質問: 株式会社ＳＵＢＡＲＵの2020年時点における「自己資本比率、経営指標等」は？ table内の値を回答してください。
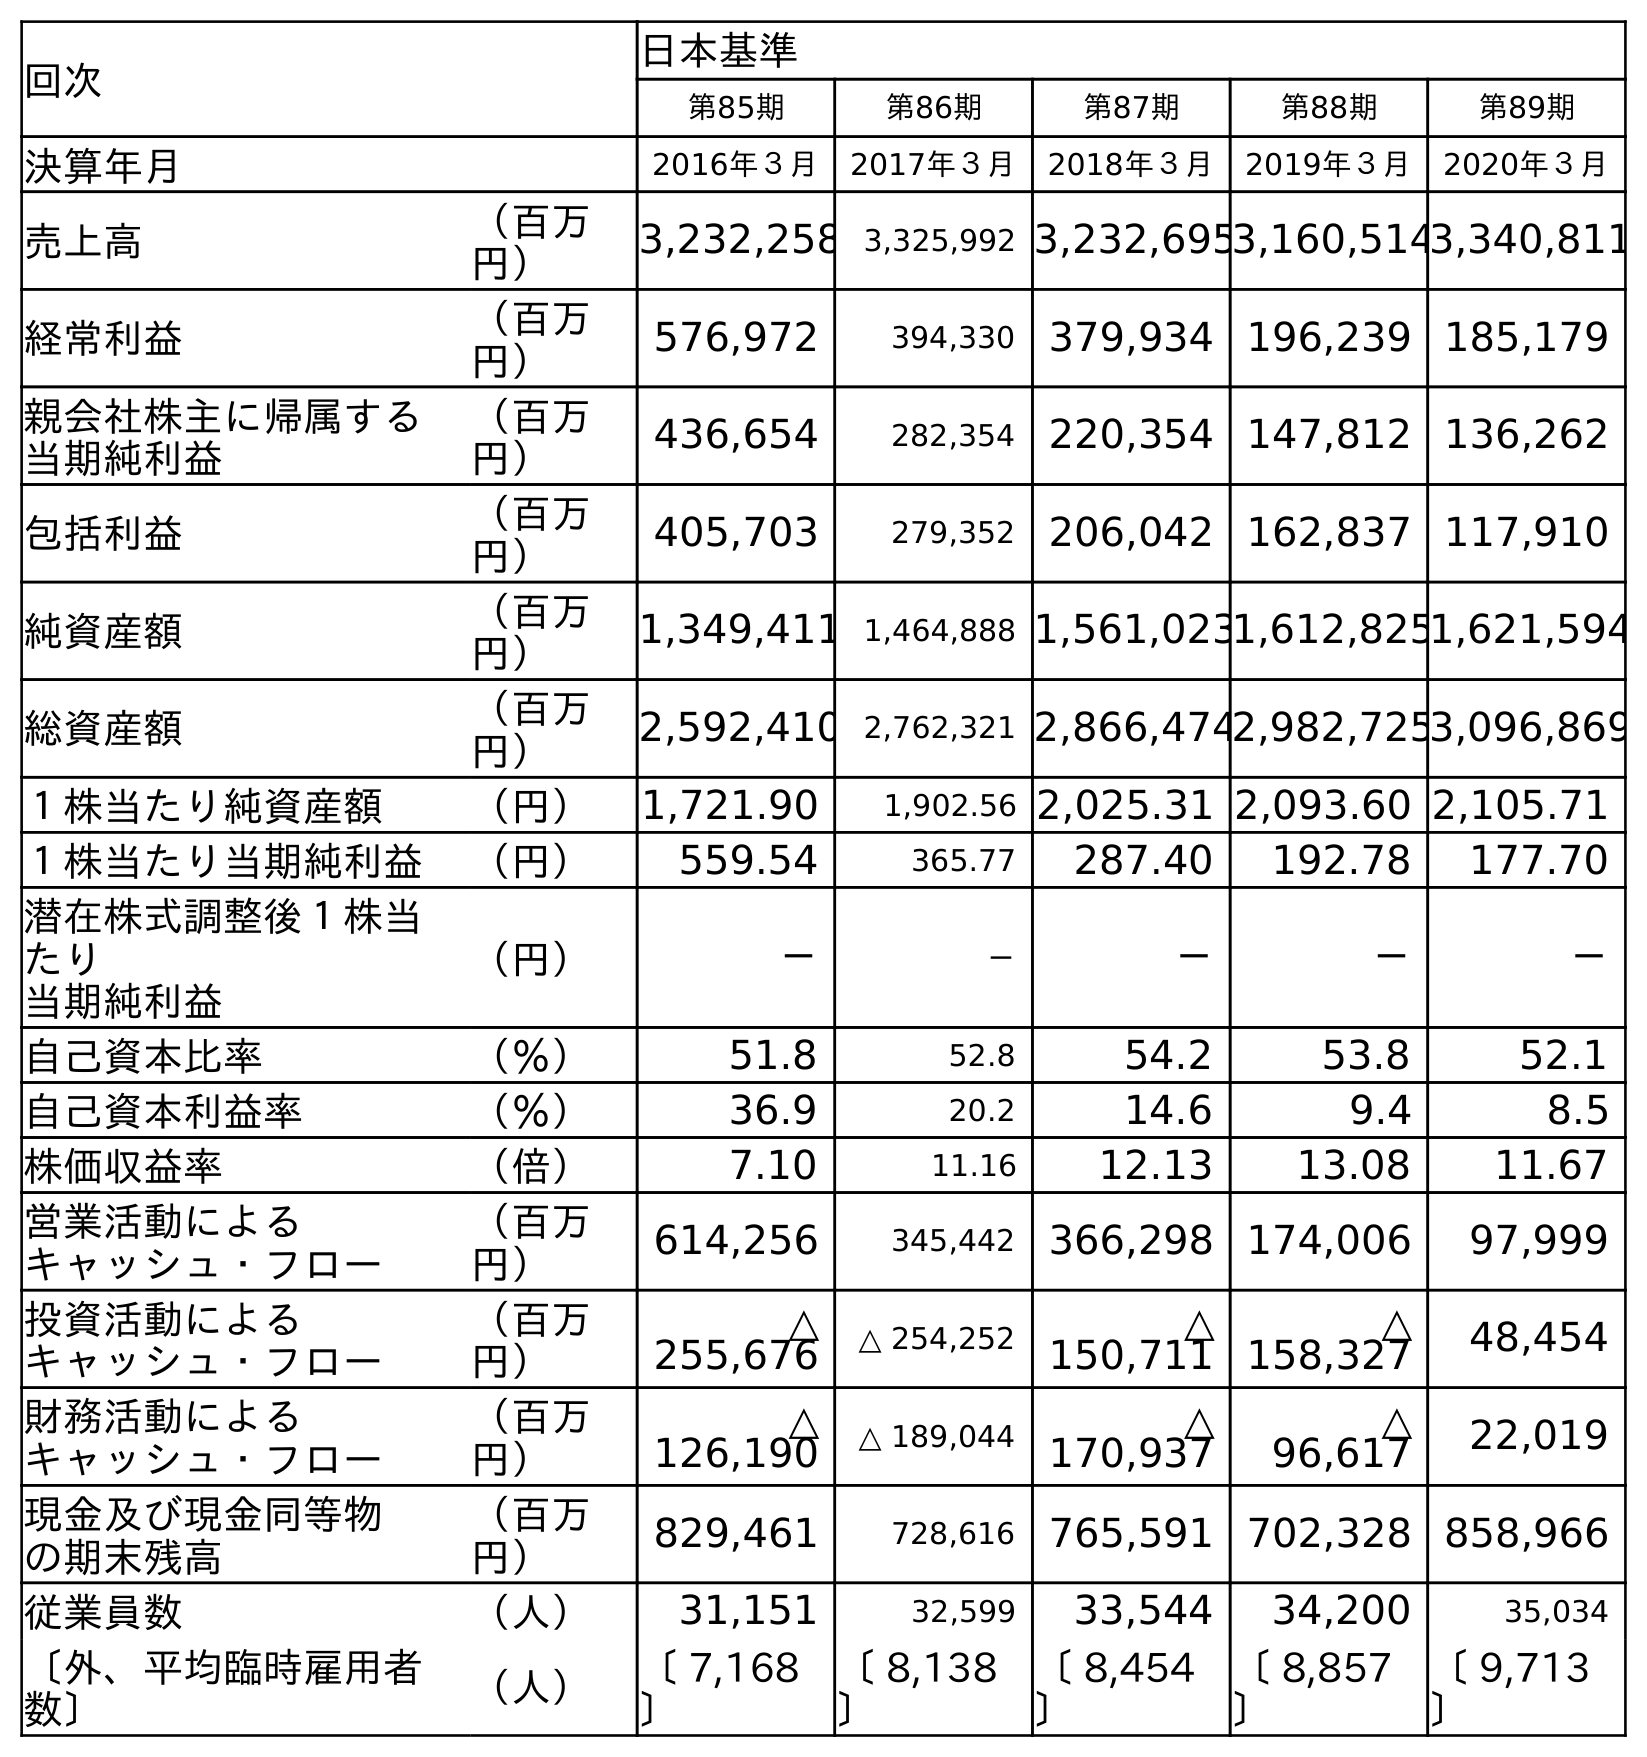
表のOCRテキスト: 回次 日本基準 第85期 第86期 第87期 第88期 第89期 決算年月 2016年３月 2017年３月 2018年３月 2019年３月 2020年３月 売上高 （百万 円） 3,232,258 3,325,992 3,232,6953,160,5143,340,811 経常利益 （百万 円） 576,972 394,330 379,934 196,239 185,179 親会社株主に帰属する 当期純利益 （百万 円） 436,654 282,354 220,354 147,812 136,262 包括利益 （百万 円） 405,703 279,352 206,042 162,837 117,910 純資産額 （百万 円） 1,349,411 1,464,888 1,561,0231,612,8251,621,594 総資産額 （百万 円） 2,592,410 2,762,321 2,866,4742,982,7253,096,869 １株当たり純資産額 （円） 1,721.90 1,902.56 2,025.31 2,093.60 2,105.71 １株当たり当期純利益 （円） 559.54 365.77 287.40 192.78 177.70 潜在株式調整後１株当 たり 当期純利益 （円） － － － － － 自己資本比率 （％） 51.8 52.8 54.2 53.8 52.1 自己資本利益率 （％） 36.9 20.2 14.6 9.4 8.5 株価収益率 （倍） 7.10 11.16 12.13 13.08 11.67 営業活動による キャッシュ・フロー （百万 円） 614,256 345,442 366,298 174,006 97,999 投資活動による キャッシュ・フロー （百万 円） △ 255,676 △ 254,252 △ 150,711 △ 158,327 48,454 財務活動による キャッシュ・フロー （百万 円） △ 126,190 △ 189,044 △ 170,937 △ 96,617 22,019 現金及び現金同等物 の期末残高 （百万 円） 829,461 728,616 765,591 702,328 858,966 従業員数 （人） 31,151 32,599 33,544 34,200 35,034 〔外、平均臨時雇用者 数〕 （人） 〔 7,168 〕 〔 8,138 〕 〔 8,454 〕 〔 8,857 〕 〔 9,713 〕
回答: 52.1